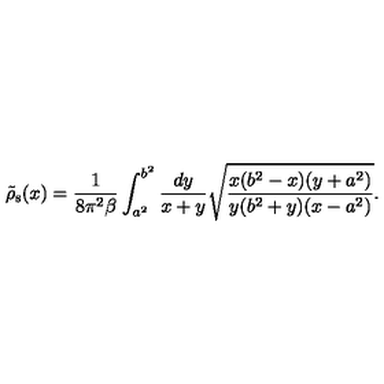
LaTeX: \tilde { \rho } _ { \mathrm { s } } ( x ) = { \frac { 1 } { 8 \pi ^ { 2 } \beta } } \int _ { a ^ { 2 } } ^ { b ^ { 2 } } { \frac { d y } { x + y } } \sqrt { { \frac { x ( b ^ { 2 } - x ) ( y + a ^ { 2 } ) } { y ( b ^ { 2 } + y ) ( x - a ^ { 2 } ) } } } .